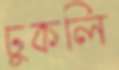
ঢুকলি